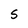
Character: S